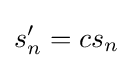
s'_{n}=cs_{n}